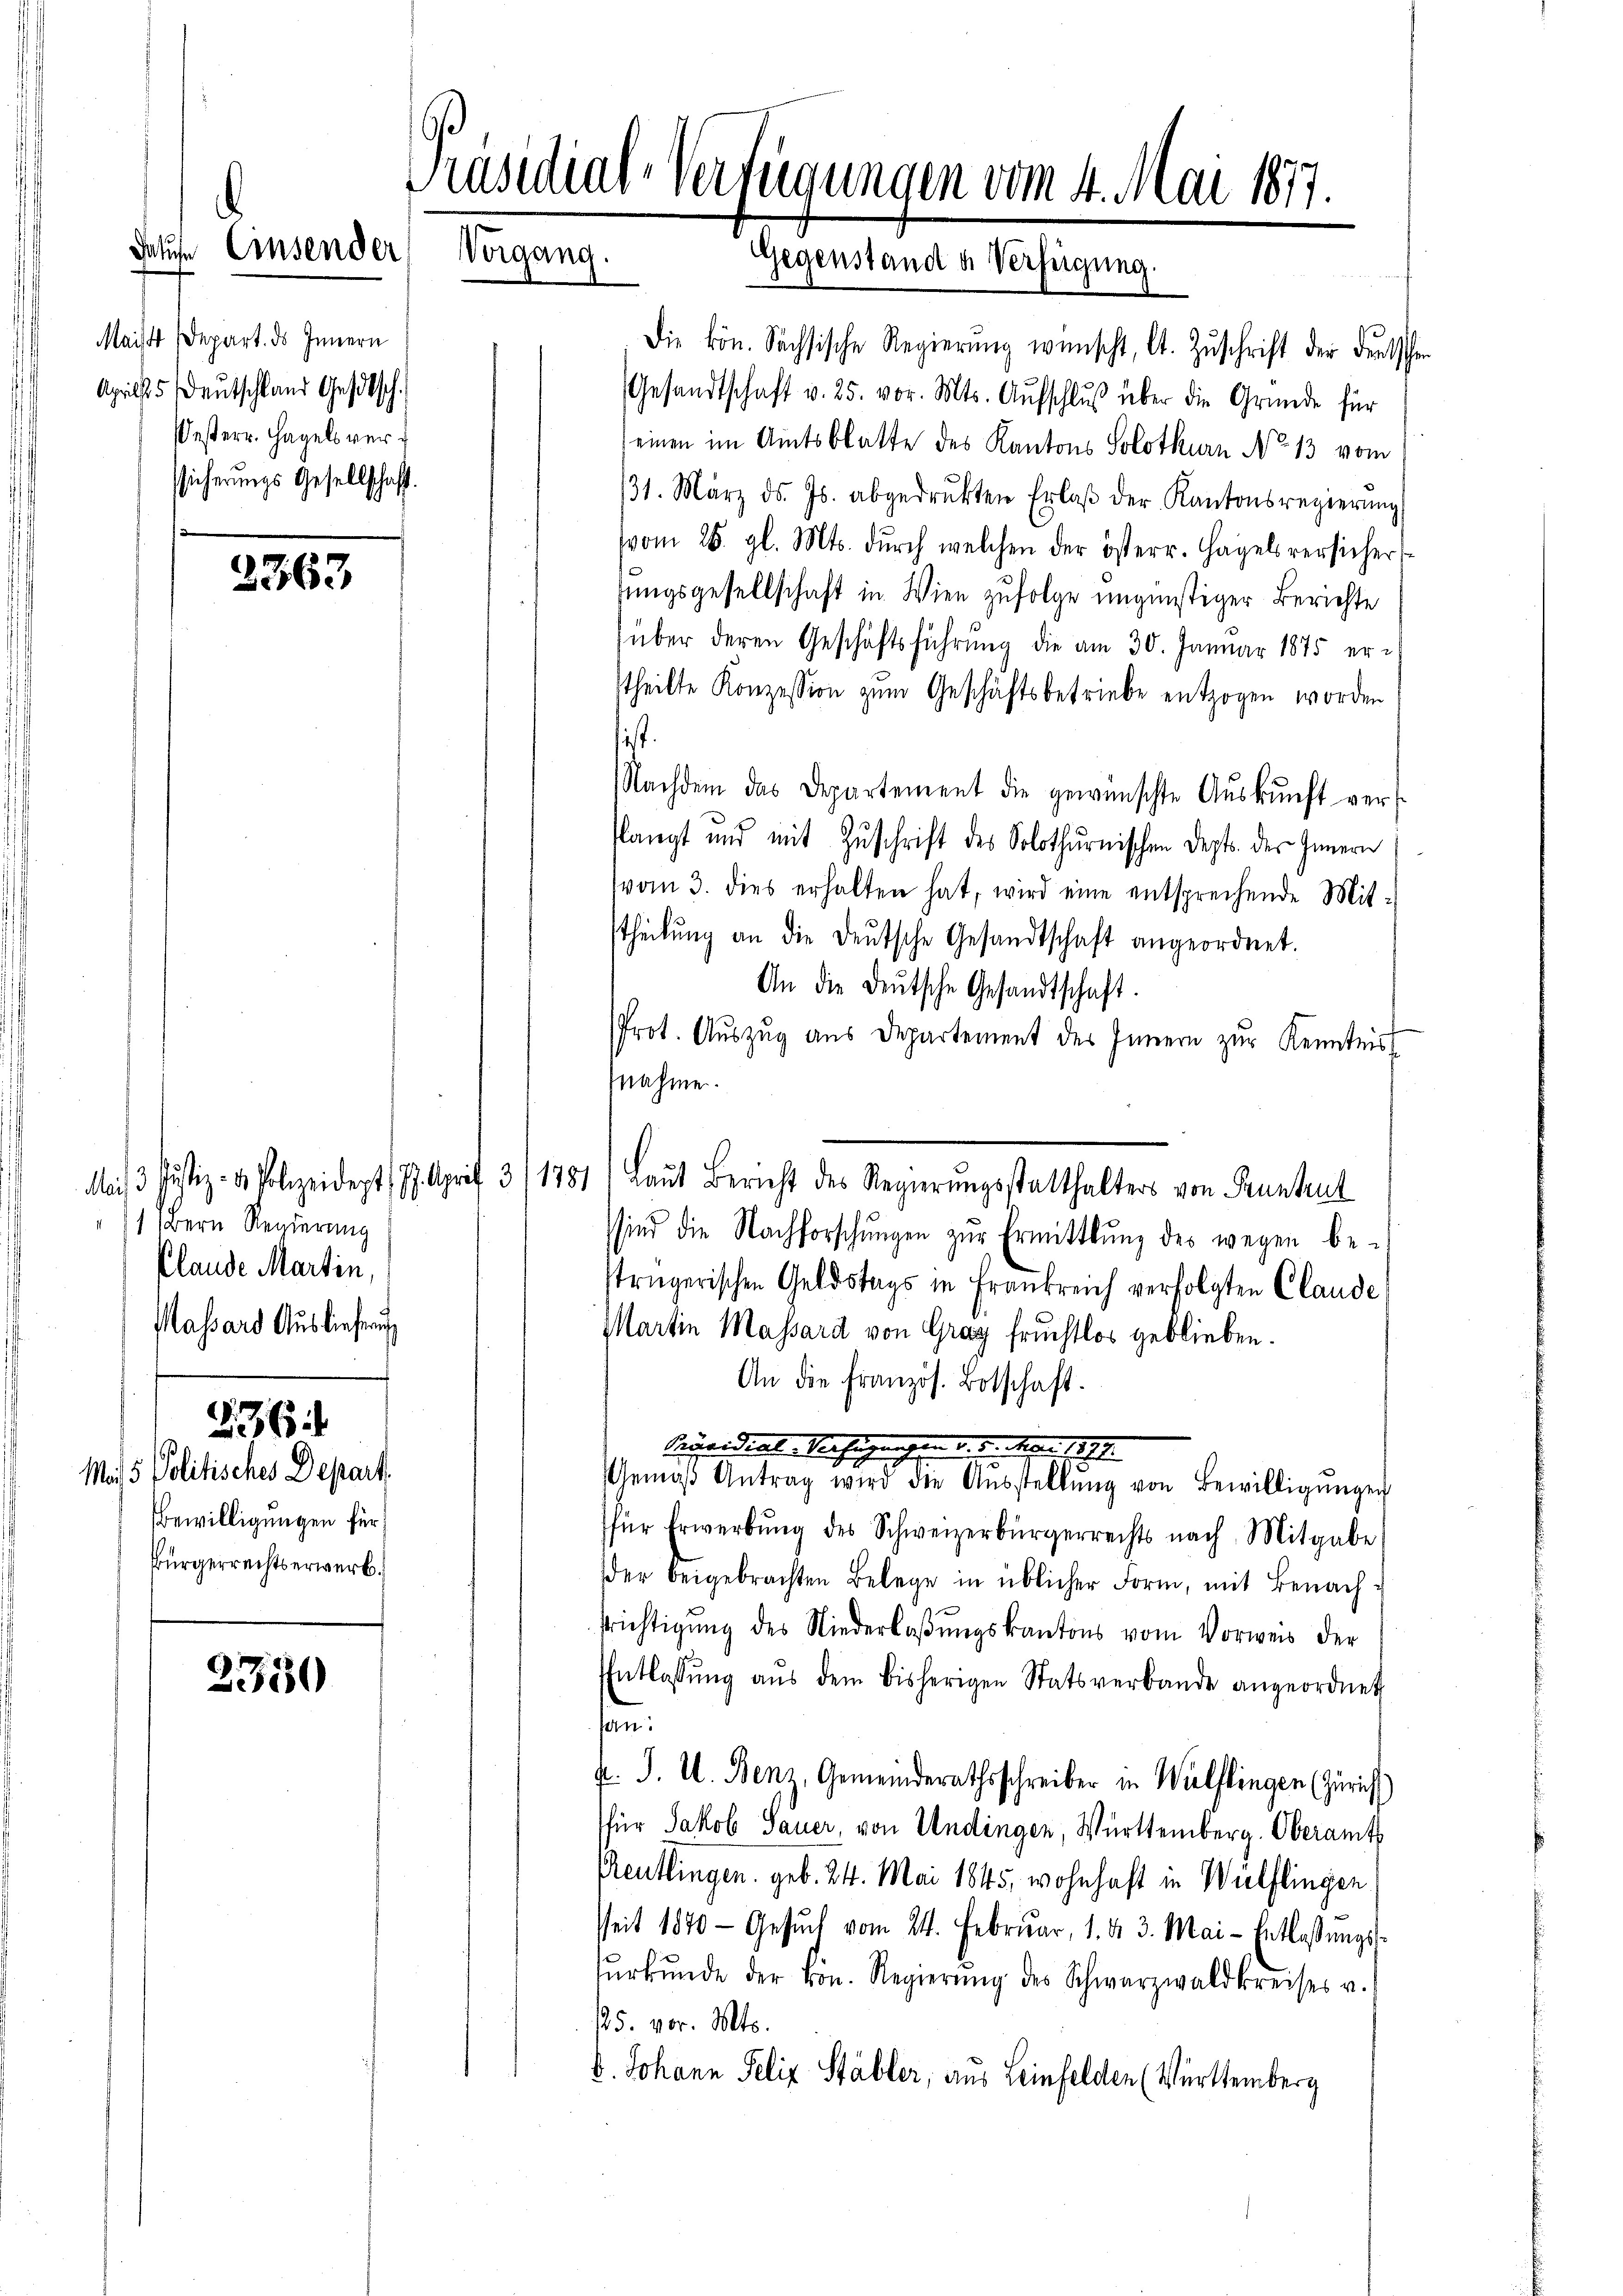
Maist Depart. ds Innern
Aprils Deutschland Gestsch.
esterr. Hagels verssicherungs Gesellschaft

Jahre Einsender

2363

2350

Präsidial-Verfügungen vom 4. Mai 1877.
Vorgang.
Gegenstand a. Verfügung.

Die kön. Sachsische Regierŭng wünscht, lt. Zŭschrift der deutschen
Gesandtschaft v. 25. vor. Mts. Aŭfschlŭβ über die Gründe für
einen im Amtsblatte des Kantons Solothurn No 13 vom
31. März d. Js. abgedrukten Erlaβ der Kantonsregierŭng
vvom 28. gl. Mts. durch welchen der österr. Hagels versicher
sungsgesellschaft in Wien zufolge ungünstiger Berichte
über deren Geschäftsführŭng die am 30. Januar 1875 er-
stheilte Konzession zum Geschäftsbetriebe entzogen worden
ist.
Nachdem das Departement die gewünschte Aŭskŭnft verslangt und mit Zŭschrift des Solothurnischen Depts. des Innern
vom 3. dies erhalten hat, wird eine entsprechende Mitstheilŭng an die deutsche Gesandtschaft angeordnet.
An die deŭtsche Gesandtschaft.
Prot. Aŭszŭg aŭs Departement des Innern zŭr Kenntnis
nahme.
Mais Justiz- & Polizeidert. 77. Aprif 3/1781) Laut Bericht des Regierungsstatthalters von Pruntrut
sind die Nachforschŭngen zŭr Ermittlung des wegen be-
strügerischen Geldstags in Frankreich verfolgten Claude
Martin Massard von Gray fruchtlos geblieben.
An die französ. Botschaft.
Eigen diese Sacherungen der ritter 1891
Gemäβ Antrag wird die Aŭsstellŭng von Bewilligŭngen
für Erwerbŭng des Schweizerbürgerrechts nach Mitgabe
der beigebrachten Belege in üblicher Form, mit Benachfrichtigung des Niederlaβŭngskantons vom Vorweis der
Entlassŭng aŭs dem bisherigen Statsverbande angeordnet
san:
k. J. U. Benz, Gemeinderathsschreiber in Wülflingen (Zürich
für Jakob Sauer, von Undingen, Württemberg. Oberamt
Reutlingen. geb. 24. Mai 1845, wohnhaft in Wülflingen
Zeit 1870 - Gesŭch vom 24. Februar, 1. d. 3. Mai-Entlassŭngs-
fŭrkŭnde der kön. Regierŭng des Schwarzwaldkreises v.
125. vor. Mts.
V. Johann Felix Stäbler, aus Leinfelden (Württemberg

1 bern Regierung
Clande Martin,
Massard Auslieferung
536:
Mo. 5. Politisches Depart.
Bewilligungen für
Bürgerrechtserwerb.